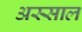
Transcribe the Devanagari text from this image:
अस्साल